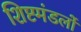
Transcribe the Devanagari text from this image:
शिष्टमंडलों